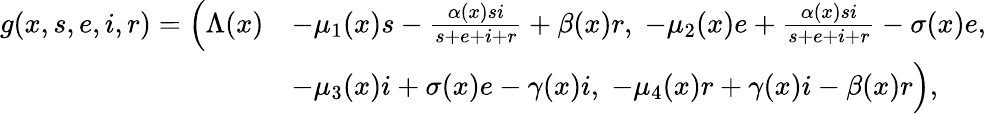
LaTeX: \begin{array}{rl}{g(x,s,e,i,r)=\Bigl(\Lambda(x)}&{-\mu_{1}(x)s-\frac{\alpha(x)si}{s+e+i+r}+\beta(x)r,\; -\mu_{2}(x)e+\frac{\alpha(x)si}{s+e+i+r}-\sigma(x)e,\; }\\ &{-\mu_{3}(x)i+\sigma(x)e-\gamma(x)i,\; -\mu_{4}(x)r+\gamma(x)i-\beta(x)r\Bigr),}\end{array}